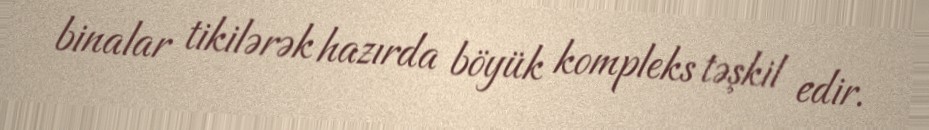
binalar tikilərək hazırda böyük kompleks təşkil edir.